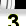
Digit: 3